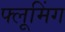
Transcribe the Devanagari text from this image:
फ्लूमिंग